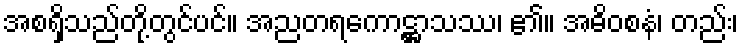
အစရှိသည်တို့တွင်ပင်။ အညတရကောဋ္ဌာသဿ၊ ၏။ အဓိဝစနံ၊ တည်း၊